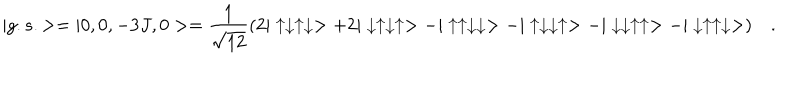
LaTeX: | g . s . > = | 0 , 0 , - 3 J , 0 > = \frac { 1 } { \sqrt { 1 2 } } ( 2 | \uparrow \downarrow \uparrow \downarrow > + 2 | \downarrow \uparrow \downarrow \uparrow > - | \uparrow \uparrow \downarrow \downarrow > - | \uparrow \downarrow \downarrow \uparrow > - | \downarrow \downarrow \uparrow \uparrow > - | \downarrow \uparrow \uparrow \downarrow > ) \quad .